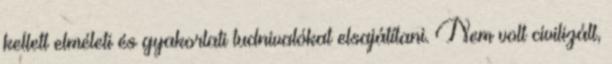
kellett elméleti és gyakorlati tudnivalókat elsajátítani. Nem volt civilizált,